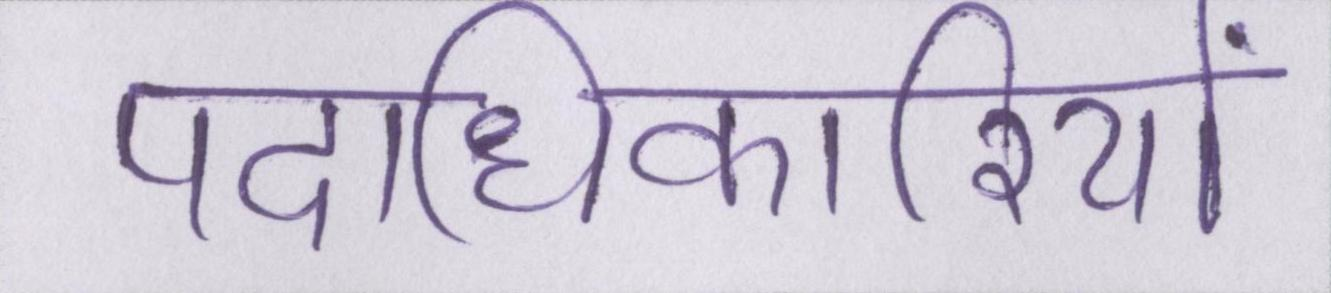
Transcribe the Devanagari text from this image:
पदाधिकारियों